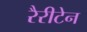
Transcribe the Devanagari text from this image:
रैरीटेन